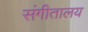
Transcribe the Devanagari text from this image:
संगीतालय